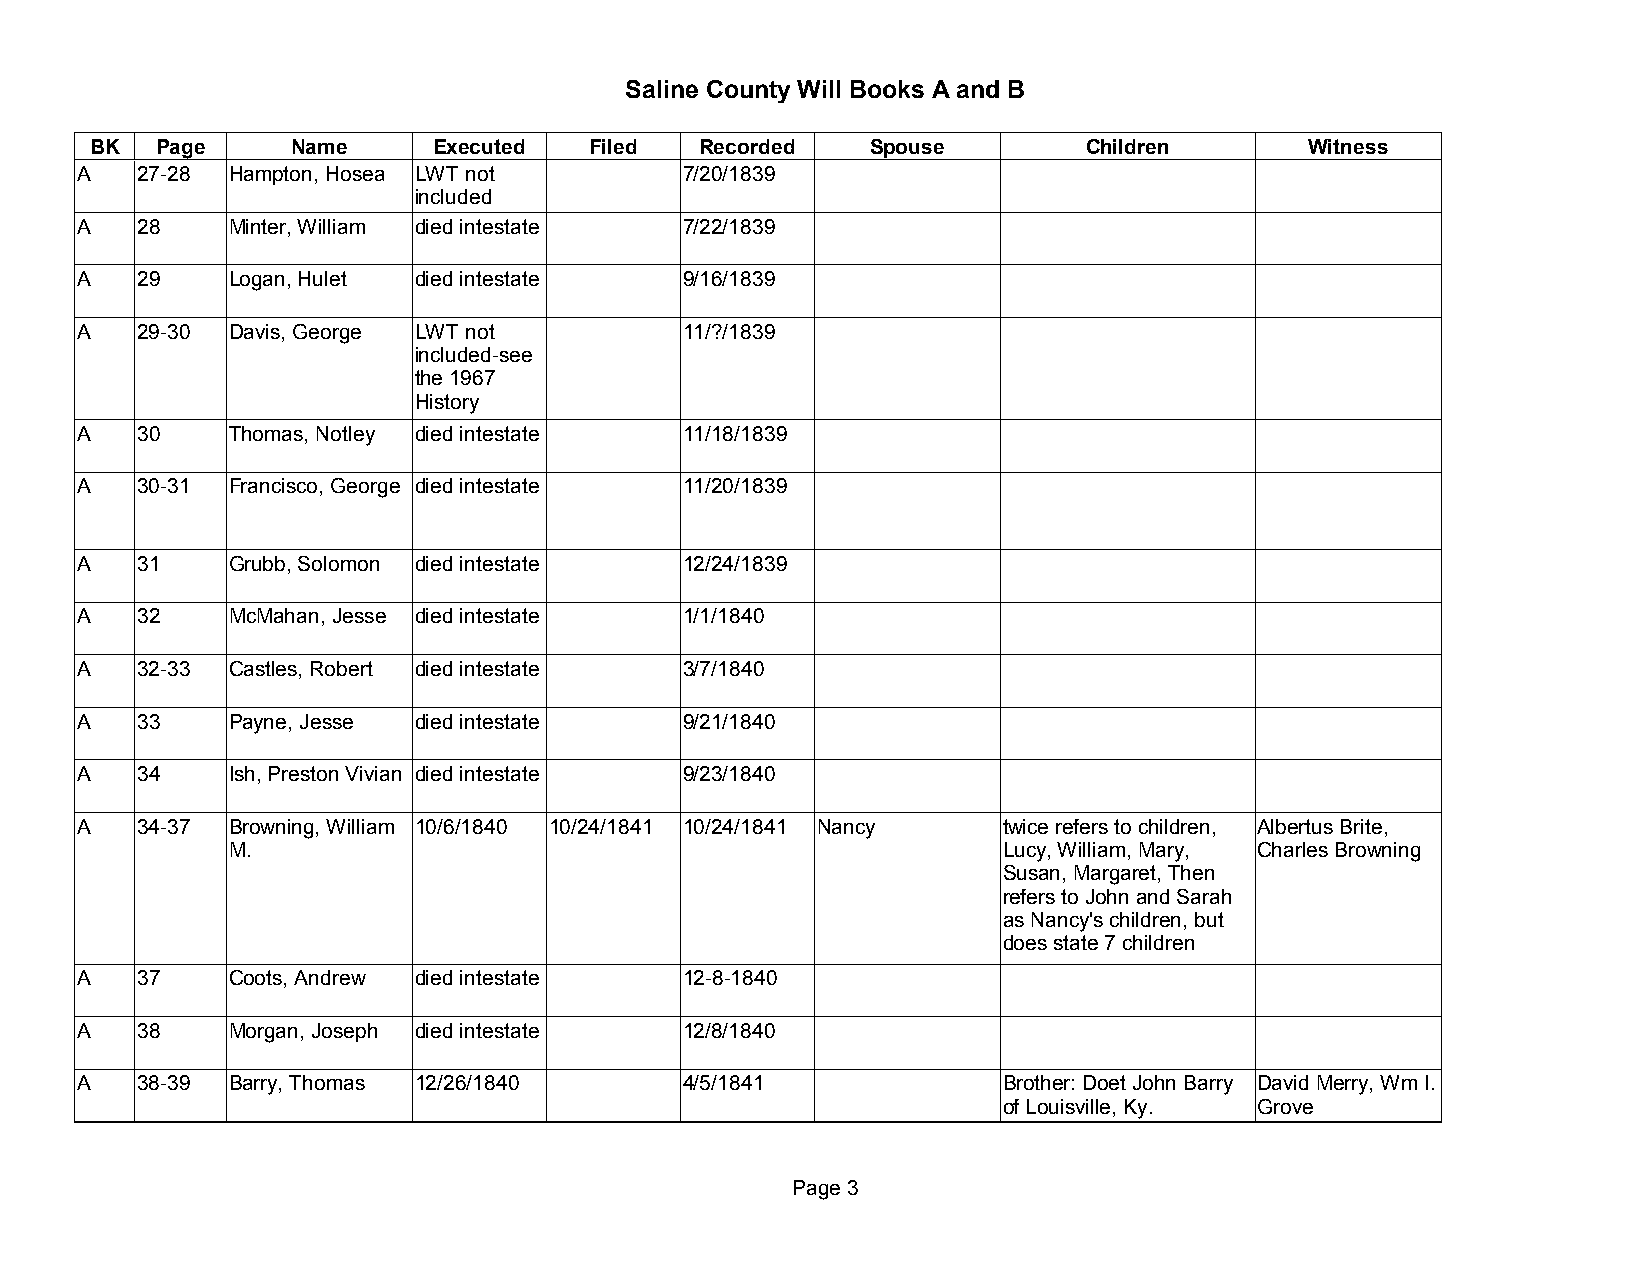
Saline County Will Books A and B
 BK  Page     Name      Executed  Filed  Recorded    Spouse        Children       Witness
 A   27-28 Hampton, Hosea LWT not        7/20/1839
 included
 A   28    Minter, William died intestate 7/22/1839
 A   29    Logan, Hulet died intestate   9/16/1839
 A   29-30 Davis, George LWT not         11/?/1839
 included-see
 the 1967
 History
 A   30    Thomas, Notley died intestate 11/18/1839
 A   30-31 Francisco, George died intestate 11/20/1839
 A   31    Grubb, Solomon died intestate 12/24/1839
 A   32    McMahan, Jesse died intestate 1/1/1840
 A   32-33 Castles, Robert died intestate 3/7/1840
 A   33    Payne, Jesse died intestate   9/21/1840
 A   34    Ish, Preston Vivian died intestate 9/23/1840
 A   34-37 Browning, William 10/6/1840 10/24/1841 10/24/1841 Nancy twice refers to children, Albertus Brite,
 M.                                                 Lucy, William, Mary, Charles Browning
 Susan, Margaret, Then
 refers to John and Sarah
 as Nancy's children, but
 does state 7 children
 A   37    Coots, Andrew died intestate  12-8-1840
 A   38    Morgan, Joseph died intestate 12/8/1840
 A   38-39 Barry, Thomas 12/26/1840      4/5/1841             Brother: Doet John Barry David Merry, Wm I.
 of Louisville, Ky. Grove
 Page 3